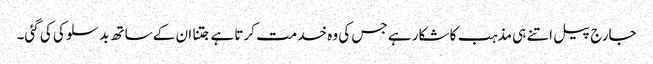
جارج پیل اتنے ہی مذہب کا شکار ہے جس کی وہ خدمت کرتا ہے جتنا ان کے ساتھ بد سلوکی کی گئی۔